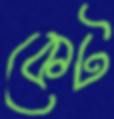
কেট